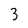
Character: 3